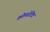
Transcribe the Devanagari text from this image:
कोम्परेटिव